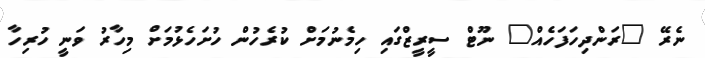
ނެރޭ "ރަންދިހަފަހެއް" ނޫޓް ސީރީޒްގައި ހިމެނުމަށް ކުރެހުން ހުށަހެޅުމަށް މިހާރު ވަނީ ހުރިހާ